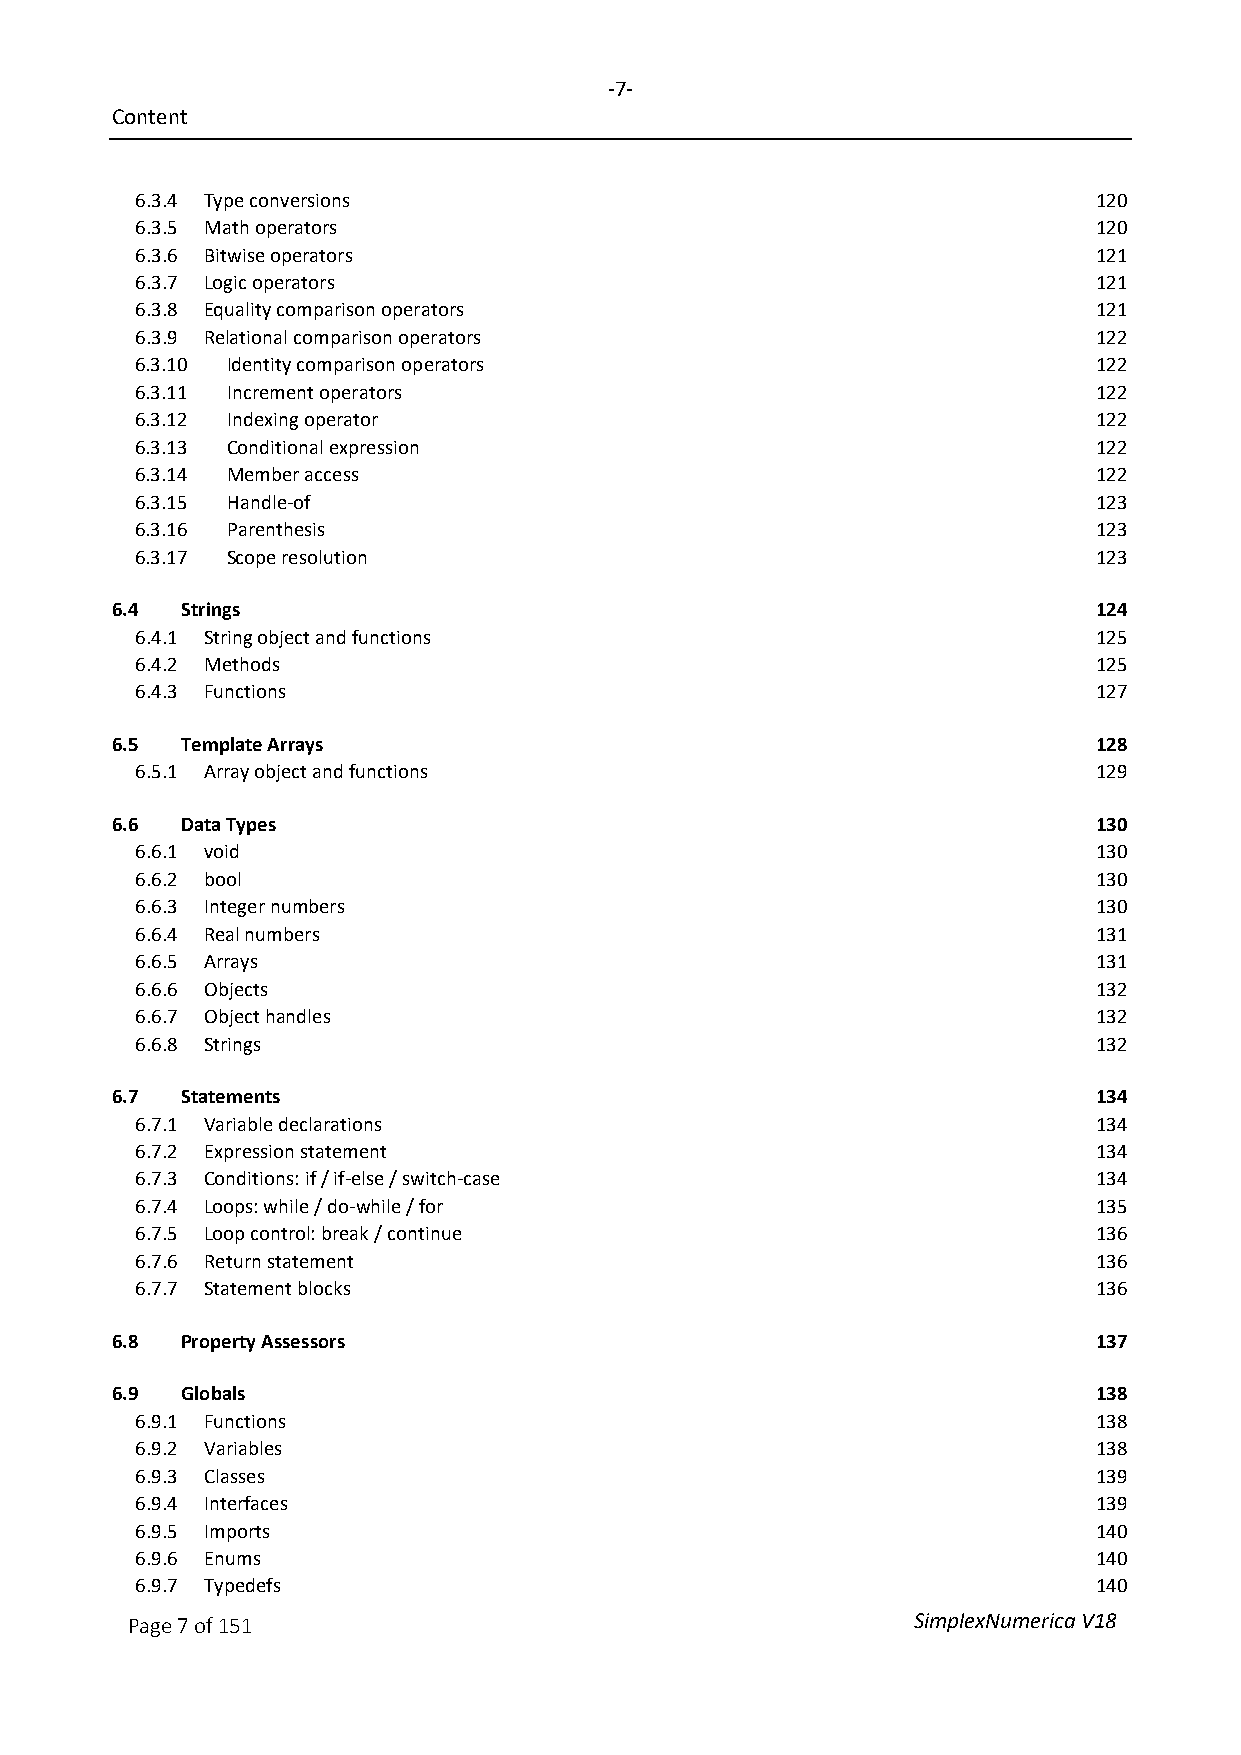
-7-
 Content
 6.3.4 Type conversions                                          120
 6.3.5 Math operators                                            120
 6.3.6 Bitwise operators                                         121
 6.3.7 Logic operators                                           121
 6.3.8 Equality comparison operators                             121
 6.3.9 Relational comparison operators                           122
 6.3.10 Identity comparison operators                            122
 6.3.11 Increment operators                                      122
 6.3.12 Indexing operator                                        122
 6.3.13 Conditional expression                                   122
 6.3.14 Member access                                            122
 6.3.15 Handle-of                                                123
 6.3.16 Parenthesis                                              123
 6.3.17 Scope resolution                                         123
 6.4  Strings                                                      124
 6.4.1 String object and functions                               125
 6.4.2 Methods                                                   125
 6.4.3 Functions                                                 127
 6.5  Template Arrays                                              128
 6.5.1 Array object and functions                                129
 6.6  Data Types                                                   130
 6.6.1 void                                                      130
 6.6.2 bool                                                      130
 6.6.3 Integer numbers                                           130
 6.6.4 Real numbers                                              131
 6.6.5 Arrays                                                    131
 6.6.6 Objects                                                   132
 6.6.7 Object handles                                            132
 6.6.8 Strings                                                   132
 6.7  Statements                                                   134
 6.7.1 Variable declarations                                     134
 6.7.2 Expression statement                                      134
 6.7.3 Conditions: if / if-else / switch-case                    134
 6.7.4 Loops: while / do-while / for                             135
 6.7.5 Loop control: break / continue                            136
 6.7.6 Return statement                                          136
 6.7.7 Statement blocks                                          136
 6.8  Property Assessors                                           137
 6.9  Globals                                                      138
 6.9.1 Functions                                                 138
 6.9.2 Variables                                                 138
 6.9.3 Classes                                                   139
 6.9.4 Interfaces                                                139
 6.9.5 Imports                                                   140
 6.9.6 Enums                                                     140
 6.9.7 Typedefs                                                  140
 Page 7 of 151                                       SimplexNumerica V18